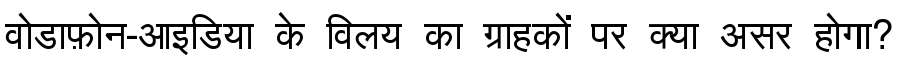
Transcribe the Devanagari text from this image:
वोडाफ़ोन-आइडिया के विलय का ग्राहकों पर क्या असर होगा?